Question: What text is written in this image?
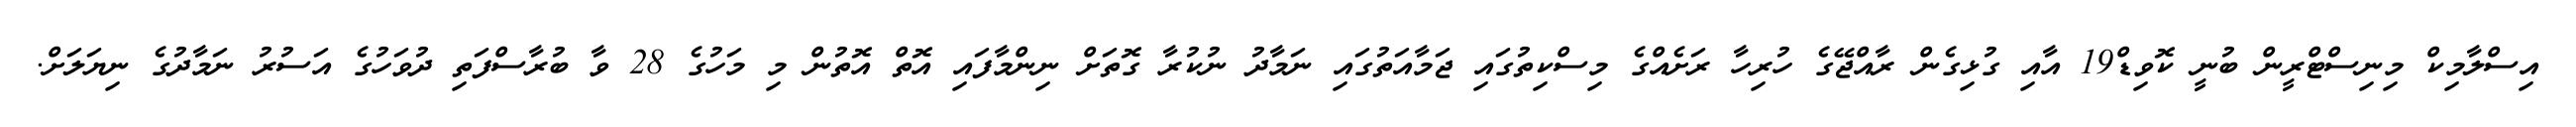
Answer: އިސްލާމިކް މިނިސްޓްރީން ބުނީ ކޮވިޑް19 އާއި ގުޅިގެން ރާއްޖޭގެ ހުރިހާ ރަށެއްގެ މިސްކިތުގައި ޖަމާއަތުގައި ނަމާދު ނުކުރާ ގޮތަށް ނިންމާފައި އޮތް އޮތުން މި މަހުގެ 28 ވާ ބުރާސްފަތި ދުވަހުގެ އަސުރު ނަމާދުގެ ނިޔަލަށް.